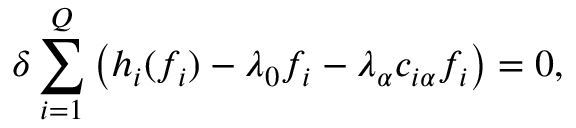
\delta \sum _ { i = 1 } ^ { Q } \left( h _ { i } ( f _ { i } ) - \lambda _ { 0 } f _ { i } - \lambda _ { \alpha } c _ { i \alpha } f _ { i } \right) = 0 ,